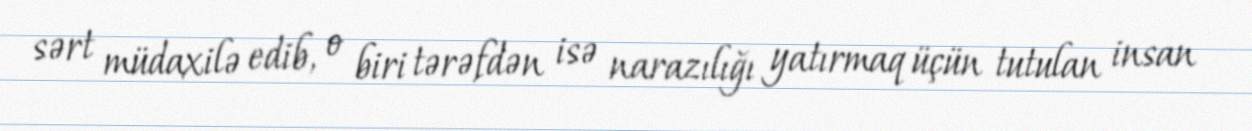
sərt müdaxilə edib, o biri tərəfdən isə narazılığı yatırmaq üçün tutulan insan